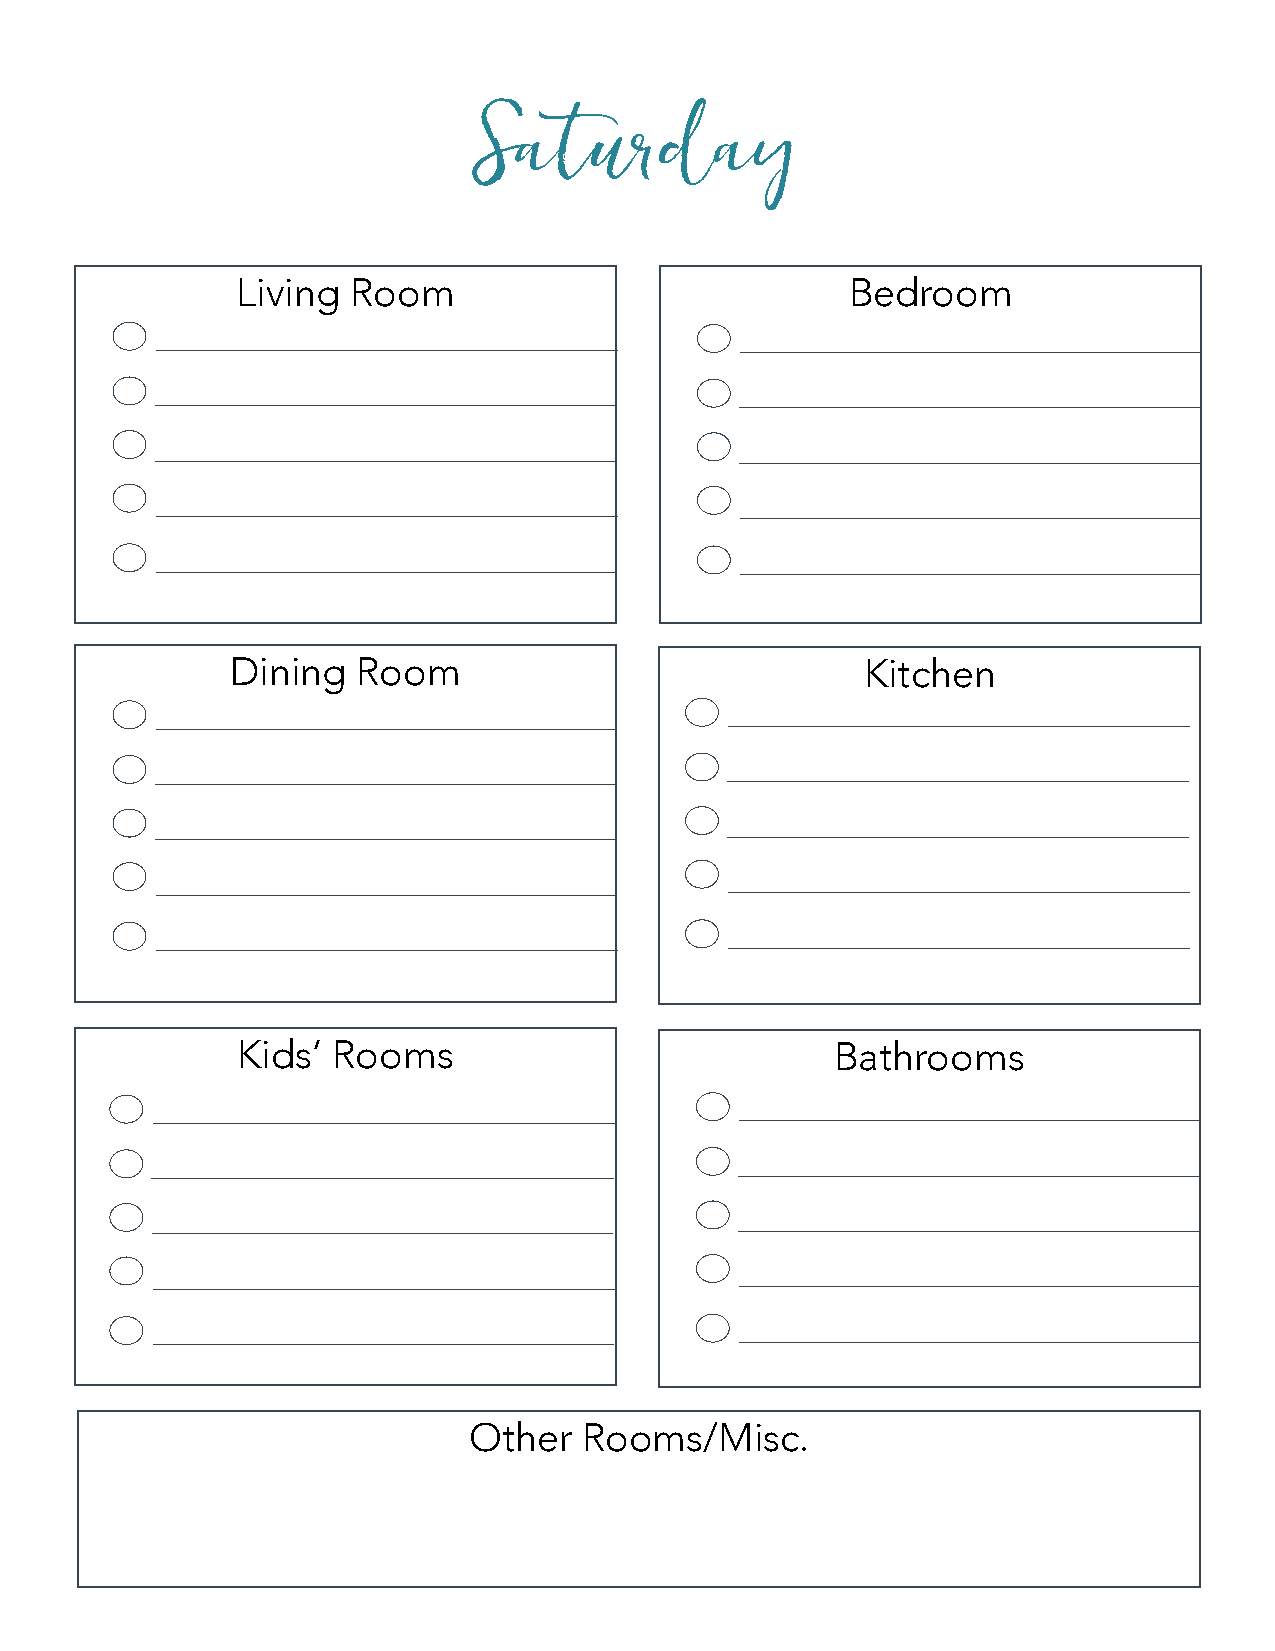
Saturday
 Living Room                             Bedroom
 Dining   Room                             Kitchen
 Kids’ Rooms                            Bathrooms
 Other   Rooms/Misc.